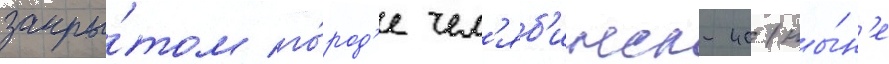
закры́том го́род'е чел'яб'инск-40 (ны́н'е